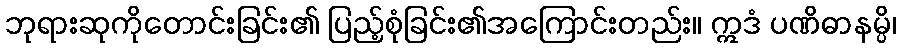
ဘုရားဆုကိုတောင်းခြင်း၏ ပြည့်စုံခြင်း၏အကြောင်းတည်း။ ဣဒံ ပဏိဓာနမ္ပိ၊